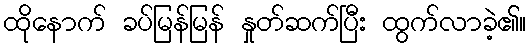
ထိုနောက် ခပ်မြန်မြန် နှုတ်ဆက်ပြီး ထွက်လာခဲ့၏။